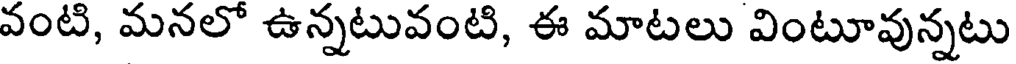
వంటి, మనలో ఉన్నటువంటి, ఈ మాటలు వింటూవున్నటు